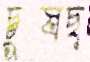
চুষছ